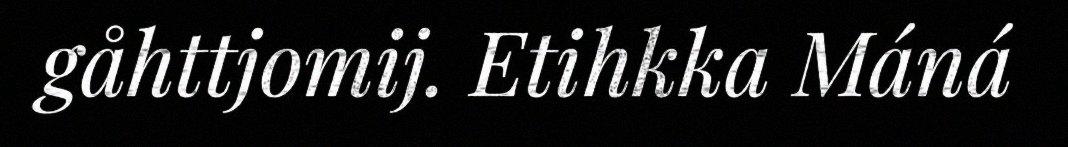
gåhttjomij. Etihkka Máná